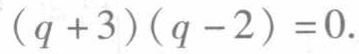
\((q + 3)(q - 2) = 0\)